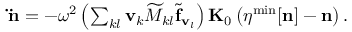
\begin{array} { r } { { \bf \ddot { n } } = - \omega ^ { 2 } \left( \sum _ { k l } { \bf v } _ { k } { \widetilde M _ { k l } } { \widetilde { \bf f } _ { { \bf v } _ { l } } } \right) { \bf K } _ { 0 } \left( { \boldsymbol \eta } ^ { \mathrm { m i n } } [ { \bf n } ] - { \bf n } \right) . } \end{array}